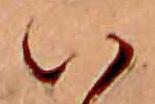
い